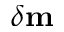
\delta \mathbf { m }